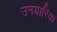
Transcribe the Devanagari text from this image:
उनयारिया